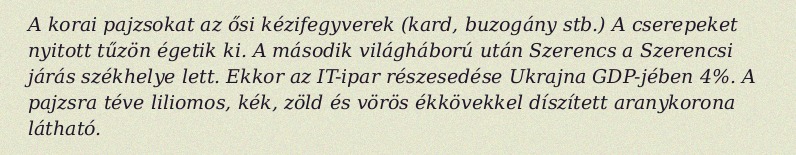
A korai pajzsokat az ősi kézifegyverek (kard, buzogány stb.) A cserepeket nyitott tűzön égetik ki. A második világháború után Szerencs a Szerencsi járás székhelye lett. Ekkor az IT-ipar részesedése Ukrajna GDP-jében 4%. A pajzsra téve liliomos, kék, zöld és vörös ékkövekkel díszített aranykorona látható.